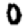
Digit: 0